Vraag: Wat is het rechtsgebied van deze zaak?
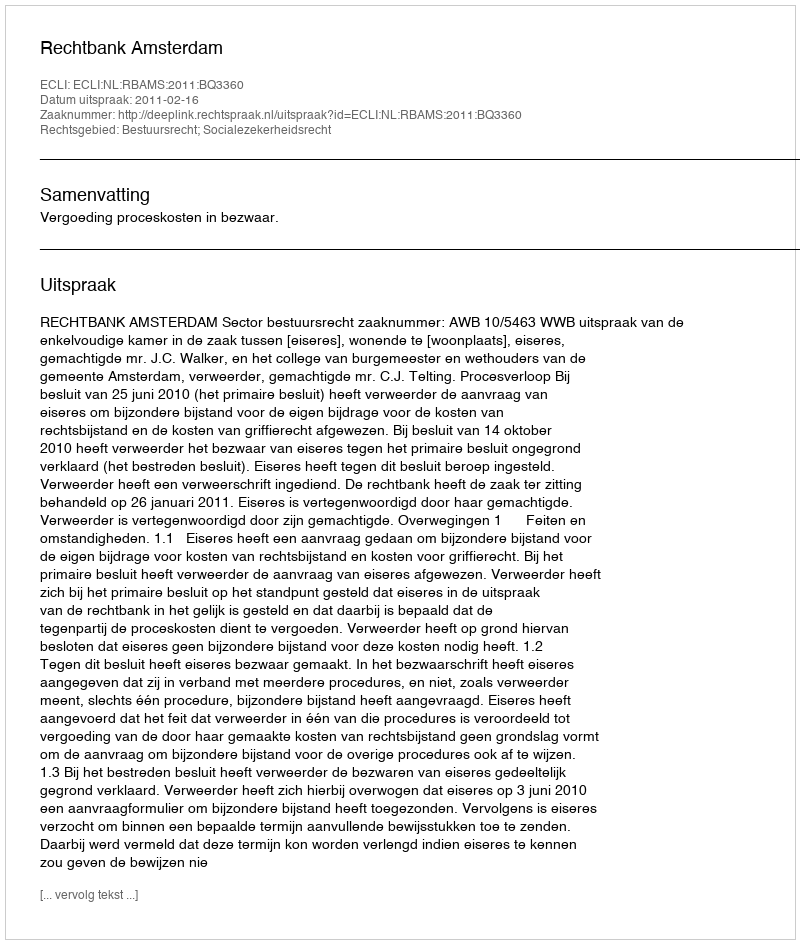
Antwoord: Bestuursrecht; Socialezekerheidsrecht